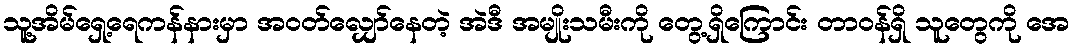
သူ့အိမ်ရှေ့ရေကန်နားမှာ အဝတ်လျှော်နေတဲ့ အဲဒီ အမျိုးသမီးကို တွေ့ရှိကြောင်း တာဝန်ရှိ သူတွေကို အေ